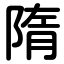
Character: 隋